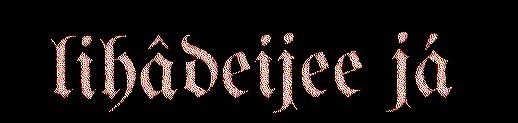
lihâdeijee já